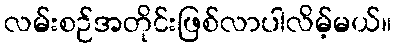
လမ်းစဉ်အတိုင်းဖြစ်လာပါလိမ့်မယ်။